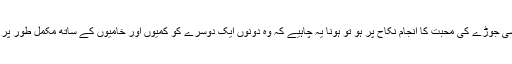
اب تھوڑا سا ذکر نلی ٹی وی چینل کے ڈرامہ میرے پاس تم ہو کا احوال کچھ یوں ہے کہ اگر کسی جوڑے کی محبت کا انجام نکاح پر ہو تو ہونا یہ چاہیے کہ وہ دونوں ایک دوسرے کو کمیوں اور خامیوں کے ساتھ مکمل طور پر قبول کریں مگر اکثر دیکھنے میں یہ آیا ہے کہ ایسی کامیاب محبت کا انجام طلاق پر ہوتا ہے ۔